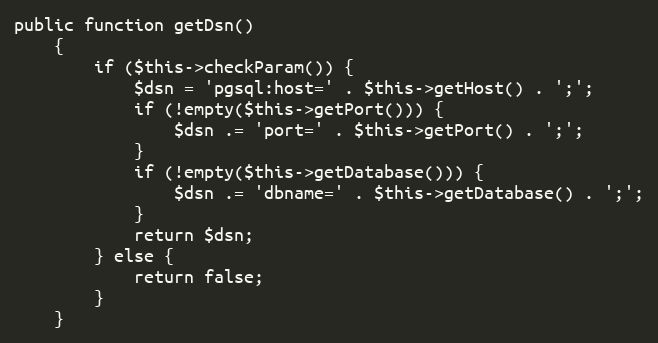
Language: PHP
public function getDsn()
    {
        if ($this->checkParam()) {
            $dsn = 'pgsql:host=' . $this->getHost() . ';';
            if (!empty($this->getPort())) {
                $dsn .= 'port=' . $this->getPort() . ';';
            }
            if (!empty($this->getDatabase())) {
                $dsn .= 'dbname=' . $this->getDatabase() . ';';
            }
            return $dsn;
        } else {
            return false;
        }
    }